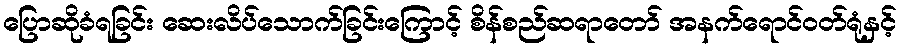
ပြောဆိုခံရခြင်း ဆေးလိပ်သောက်ခြင်းကြောင့် စိန်စည်ဆရာတော် အနက်ရောင်ဝတ်ရုံနှင့်